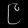
Digit: ၉